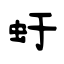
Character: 虶